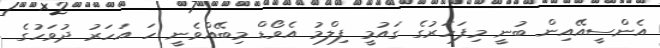
އެންސީއޭއިން ބުނީ މިފަހަރުގެ ގައުމީ ފިލްމު އެވޯޑް މިބޭއްވެނީ ހަ އަހަރު ދުވަހުގެ